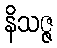
နိသဇ္ဇ